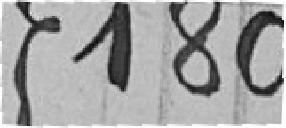
180